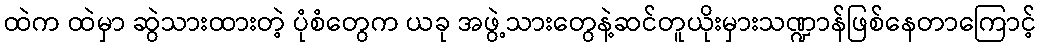
ထဲက ထဲမှာ ဆွဲသားထားတဲ့ ပုံစံတွေက ယခု အဖွဲ့သားတွေနဲ့ဆင်တူယိုးမှားသဏ္ဍာန်ဖြစ်နေတာကြောင့်